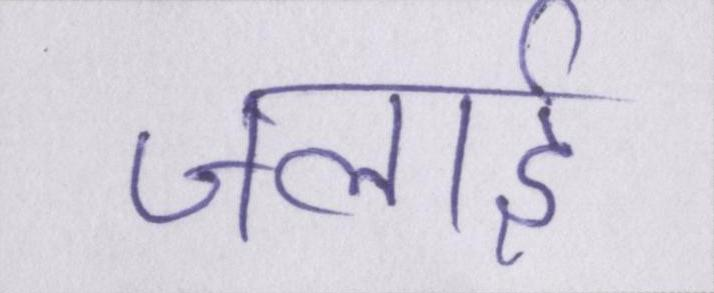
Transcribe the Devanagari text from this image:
जलाई